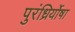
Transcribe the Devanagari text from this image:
पुरंध्रिर्योषा